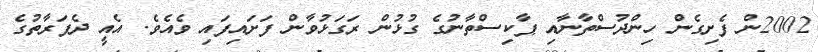
2002ން ފެށިގެން ހިންދުސްތާނާއި ޕާކިސްތާނުގެ ގުޅުން ރަގަޅުވާން ފަށައިފައި ވެއެވެ. އެއީ ދެފަރާތުގެ